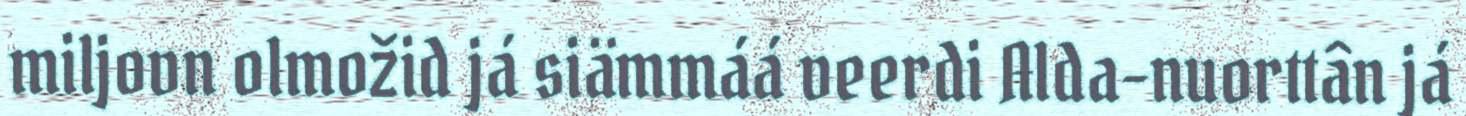
miljovn olmožid já siämmáá veerdi Alda-nuorttân já